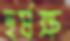
হর্ষক্ষ